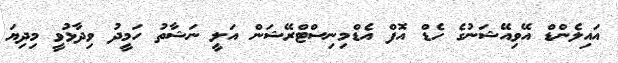
އައިލެންޑް އޭވިއޭޝަނުގެ ހެޑް އޮފް އެޑްމިނިސްޓްރޭޝަން އަލީ ނަޝާތު ހަމީދު ވިދާޅުވީ މިދިޔަ